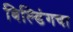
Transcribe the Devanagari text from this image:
बिल्डिंगचा